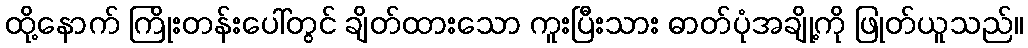
ထို့နောက် ကြိုးတန်းပေါ်တွင် ချိတ်ထားသော ကူးပြီးသား ဓာတ်ပုံအချို့ကို ဖြုတ်ယူသည်။